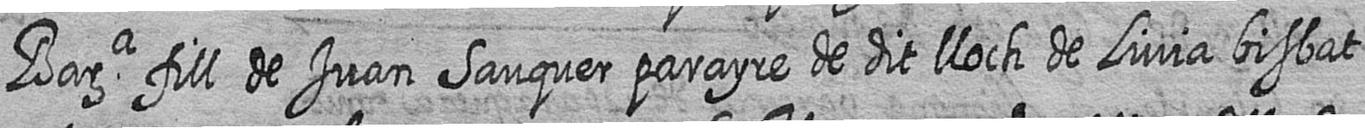
Bara fill de Juan Sauquer parayre de dit lloch de Livia bisbat